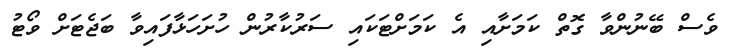
ވެސް ބޭނުންވާ ގޮތް ކަމަށާއި އެ ކަމަށްޓަކައި ސަރުކާރުން ހުށަހަޅާފައިވާ ބަޖެޓަށް ވޯޓު